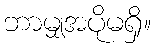
ဘာမျှအပိုမရှိ။